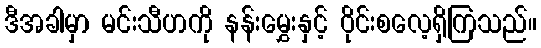
ဒီအခါမှာ မင်းသီဟကို နန်းမွှေးနှင့် ဝိုင်းစလေ့ရှိကြသည်။